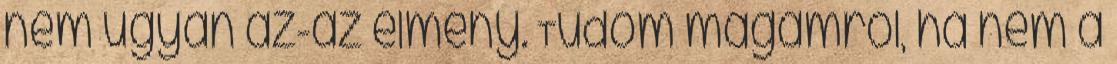
nem ugyan az-az élmény. Tudom magamról, ha nem a